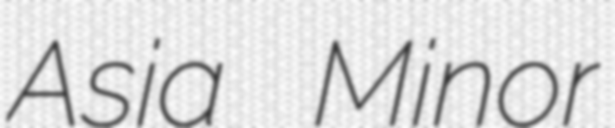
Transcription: Asia Minor